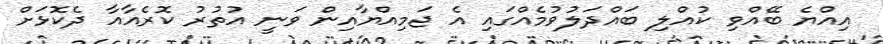
އިއްޔެ ބޭއްވި ކުއްލި ބައްދަލުވުމެއްގައި އެ ޖަމިއްޔާއިން ވަނީ އުތުރު ކޮރެއާއާ ދެކޮޅަށް